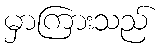
မှာကြားသည်